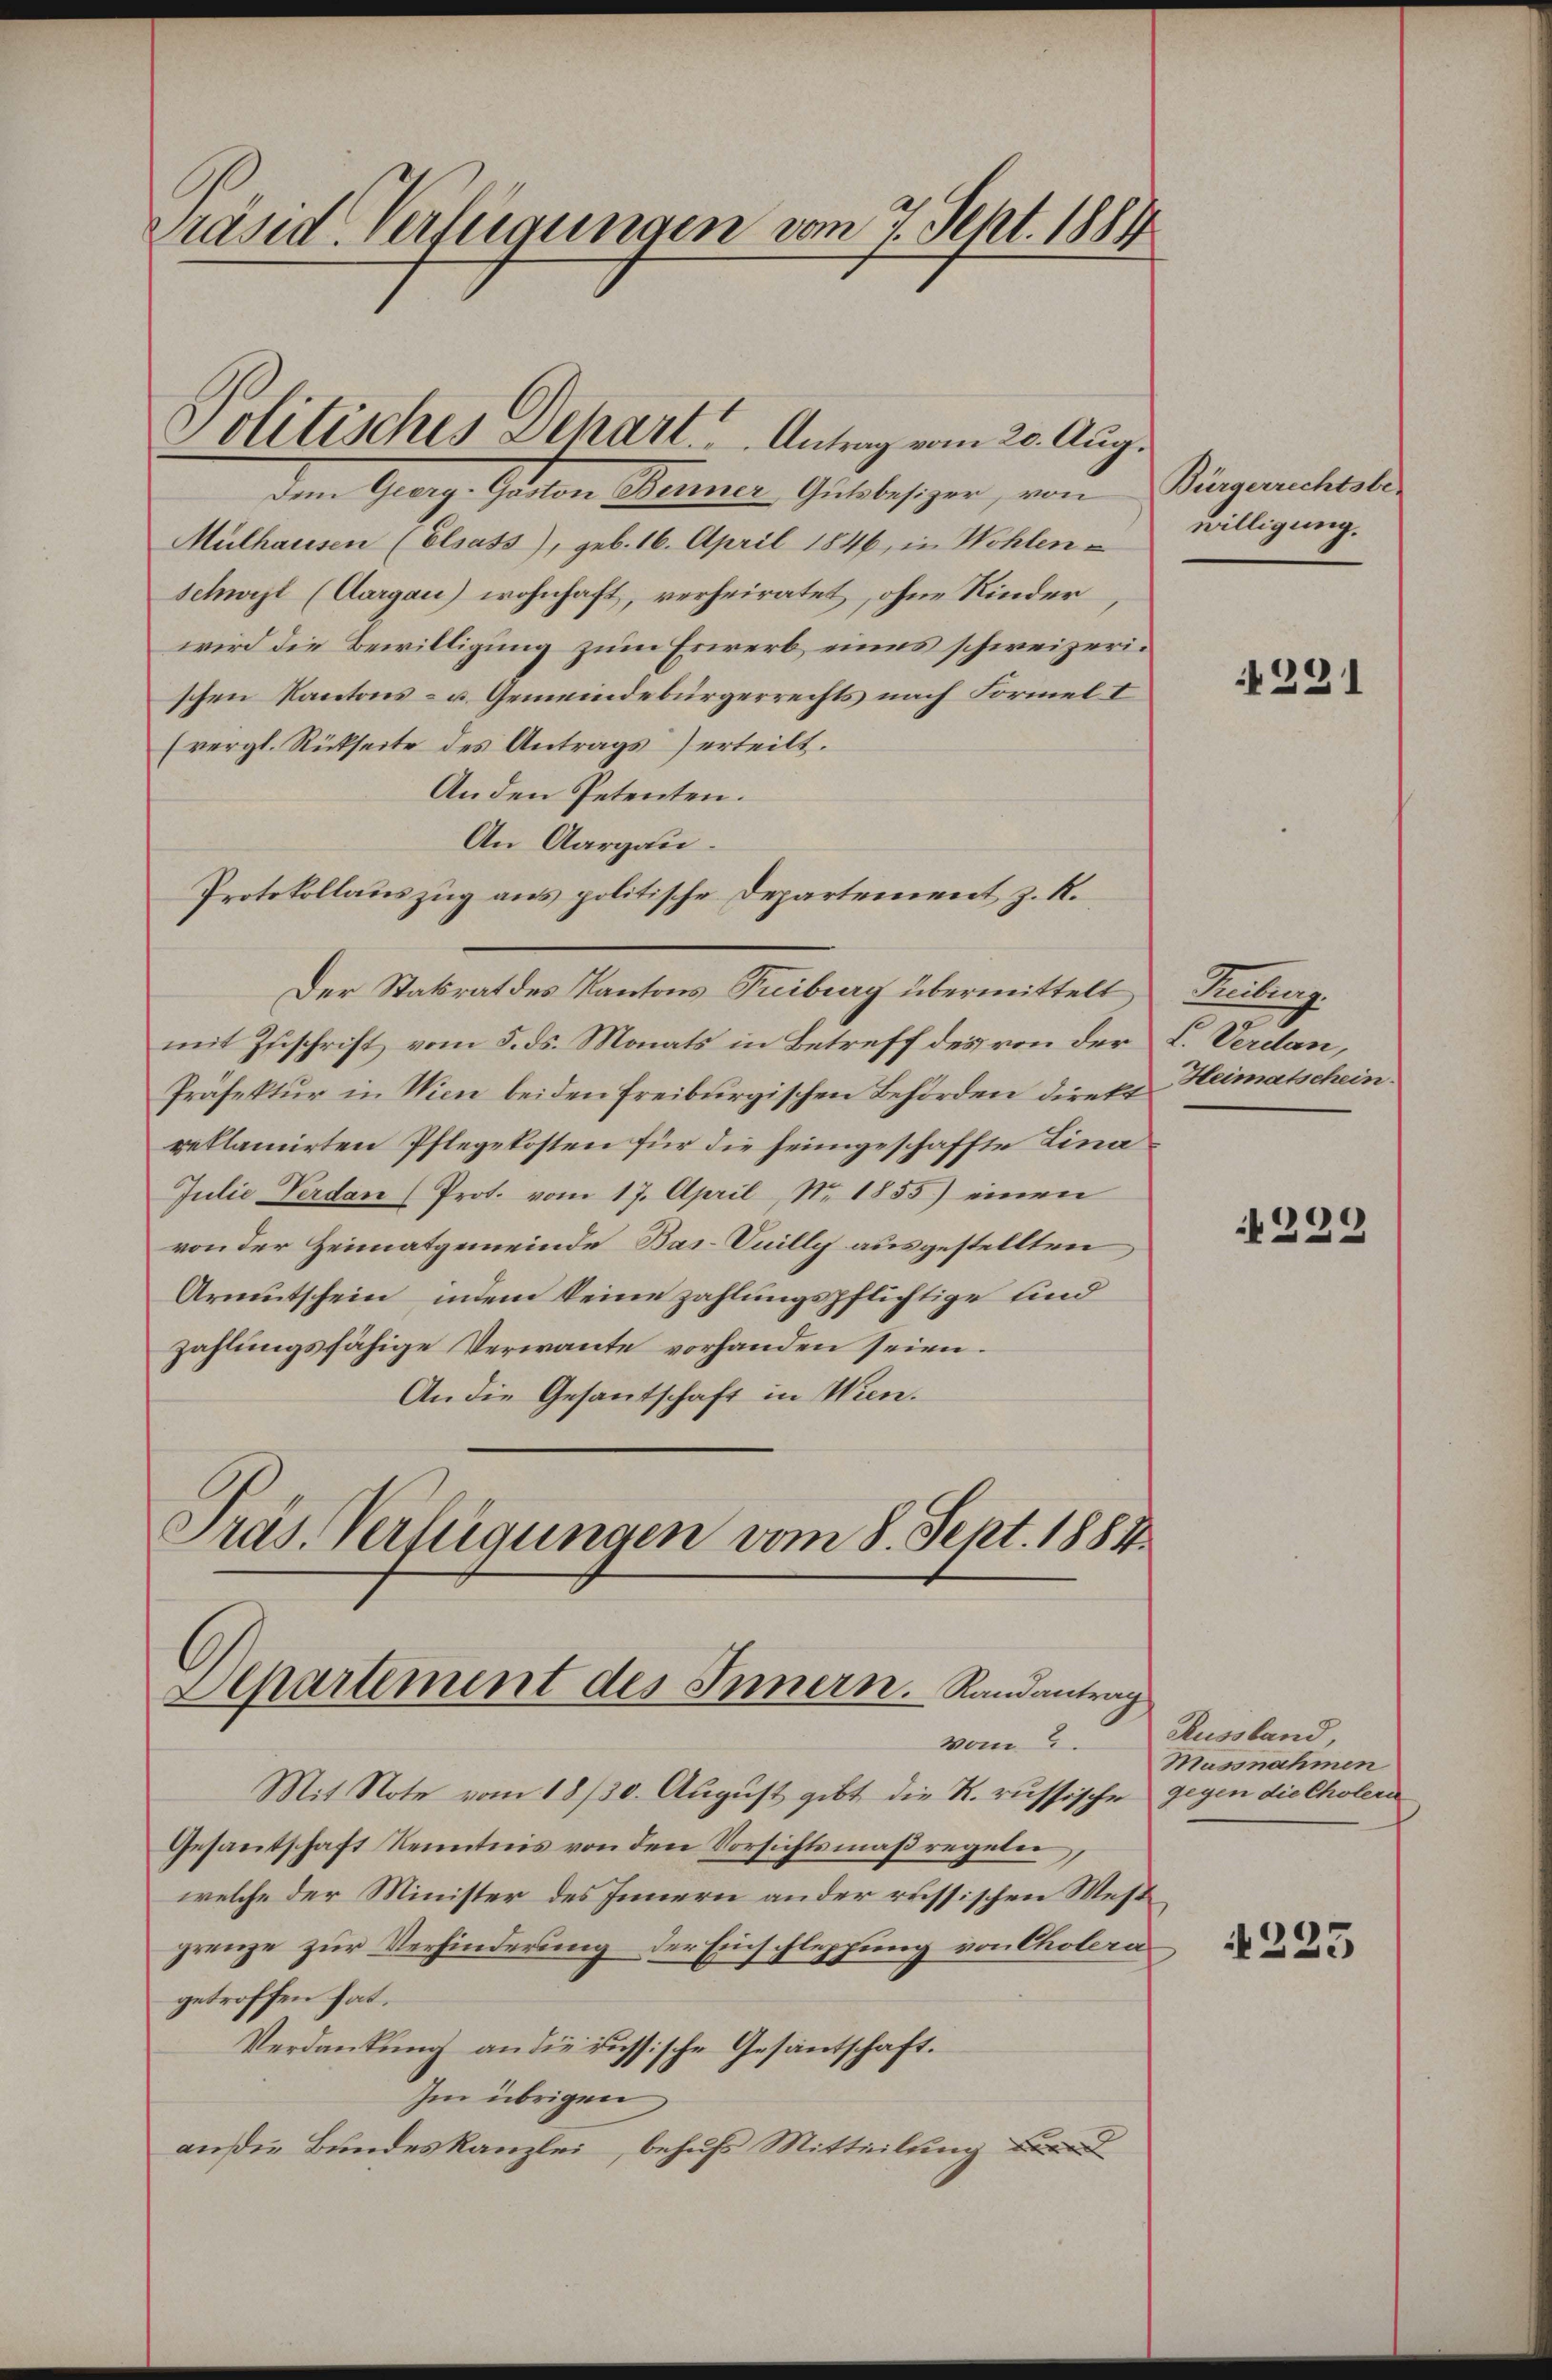
Präsid. Verfügungen vom 7. Sept. 1884

Politisches Dehart. Antrag vom 20. Aug.

Der Statrat des Kantons Treiburg übermittelt Freiburg.

Dem Geerg-Göston Benner, Gutsbesizer, von Bürgerrechtsbe
Mülhausen (Elsass), geb. 16. April 1846, in Wohlen - willigung.
Schwyzt (Aargau) wohnhaft, verheiratet, ohne Kinder
wird die Bewilligung zum Erwerb eines schweizerischen Kantons- u. Gemeindebürgerrechts nach Formel I
(vergl. Rückseite des Antrags) erteilt.
Anden Petenten.
An Aargau.
Protokollauszug aus politische Departement z. R.
mit Zuschrift vom 5. ds. Monats in Betreff des von der L. Verdan,
Präfektur in Wien beiden Freiburgischen Behörden direkt Heimatschein
reklamirten Pflegekosten für die heimgeschaffte Lina¬
Julie Verdan (Prot. vom 17. April, No. 1855) einen
von der Heimatgemeinde Bas-Vuilly ausgestellten
Armutschein, indem keine zahlungspflichtige sind
zahlungsfähige Verwante vorhanden seien.
An die Gesantschaft in Wien.
Präs. Verfügungen vom 8. Sept. 1884

Separtement des Innern. Randantrag
vom 2.

Mit Note vom 18/30. August gibt die R. russische gegen die Cholera
Gesantschaft Kenntnis von den Vorsichtsmaßregeln
welche der Minister des Innern ander russischen West
grenze zur Verhinderung der Einschleppung von Cholera
getroffen hat.
Verdankung an die russische Gesantschaft.
Im übrigen
an die Bundeskanzlei, behufs Mitteilung

391

229

Russland,
Massnahmen

1223